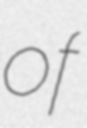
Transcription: of